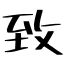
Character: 致